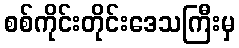
စစ်ကိုင်းတိုင်းဒေသကြီးမှ